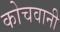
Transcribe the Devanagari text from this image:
कोचवानी